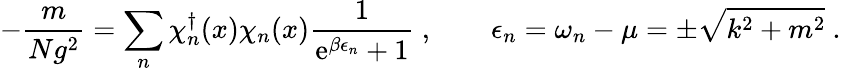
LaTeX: -\frac{m}{Ng^{2}}=\sum_{n}\chi_{n}^{\dagger}(x)\chi_{n}(x)\frac{1}{\mathrm{e}^{\beta\epsilon_{n}}+1}\ ,\qquad\epsilon_{n}=\omega_{n}-\mu=\pm\sqrt{k^{2}+m^{2}}\ .